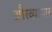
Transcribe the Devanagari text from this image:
औरव्यापार